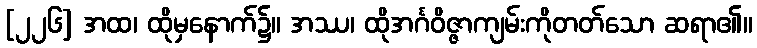
[၂၂၆] အထ၊ ထိုမှနောက်၌။ အဿ၊ ထိုအင်္ဂဝိဇ္ဇာကျမ်းကိုတတ်သော ဆရာ၏။